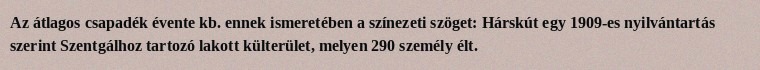
Az átlagos csapadék évente kb. ennek ismeretében a színezeti szöget: Hárskút egy 1909-es nyilvántartás szerint Szentgálhoz tartozó lakott külterület, melyen 290 személy élt.